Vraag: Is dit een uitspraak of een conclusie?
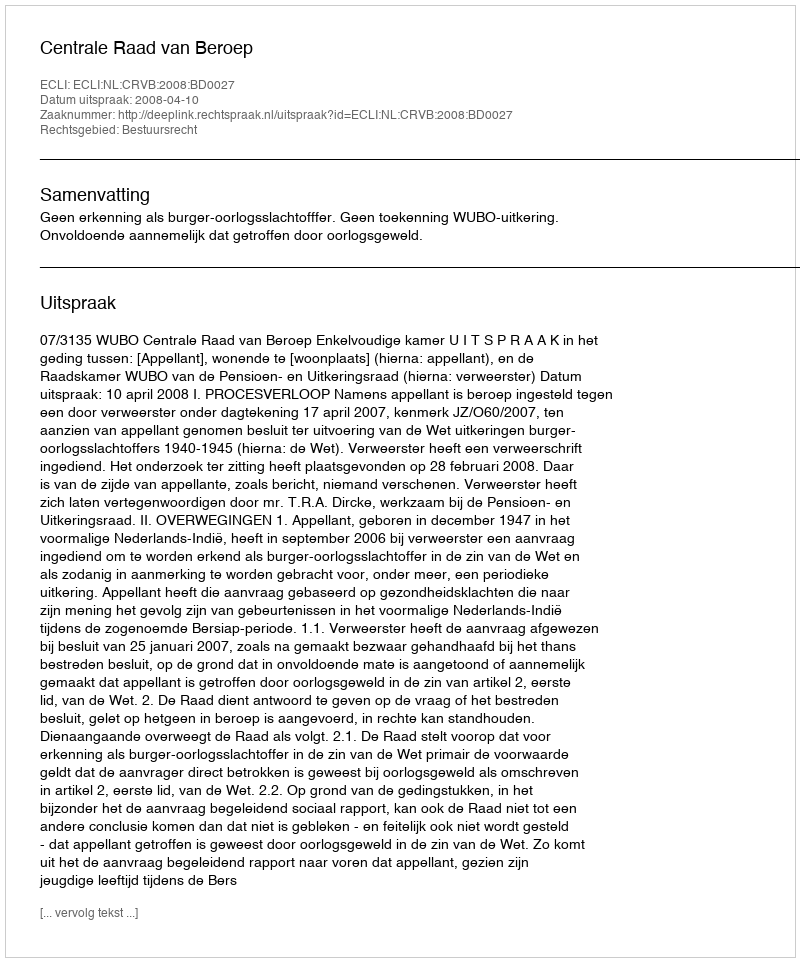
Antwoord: Uitspraak